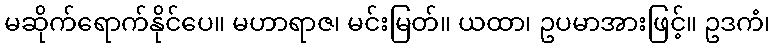
မဆိုက်ရောက်နိုင်ပေ။ မဟာရာဇ၊ မင်းမြတ်။ ယထာ၊ ဥပမာအားဖြင့်။ ဥဒကံ၊